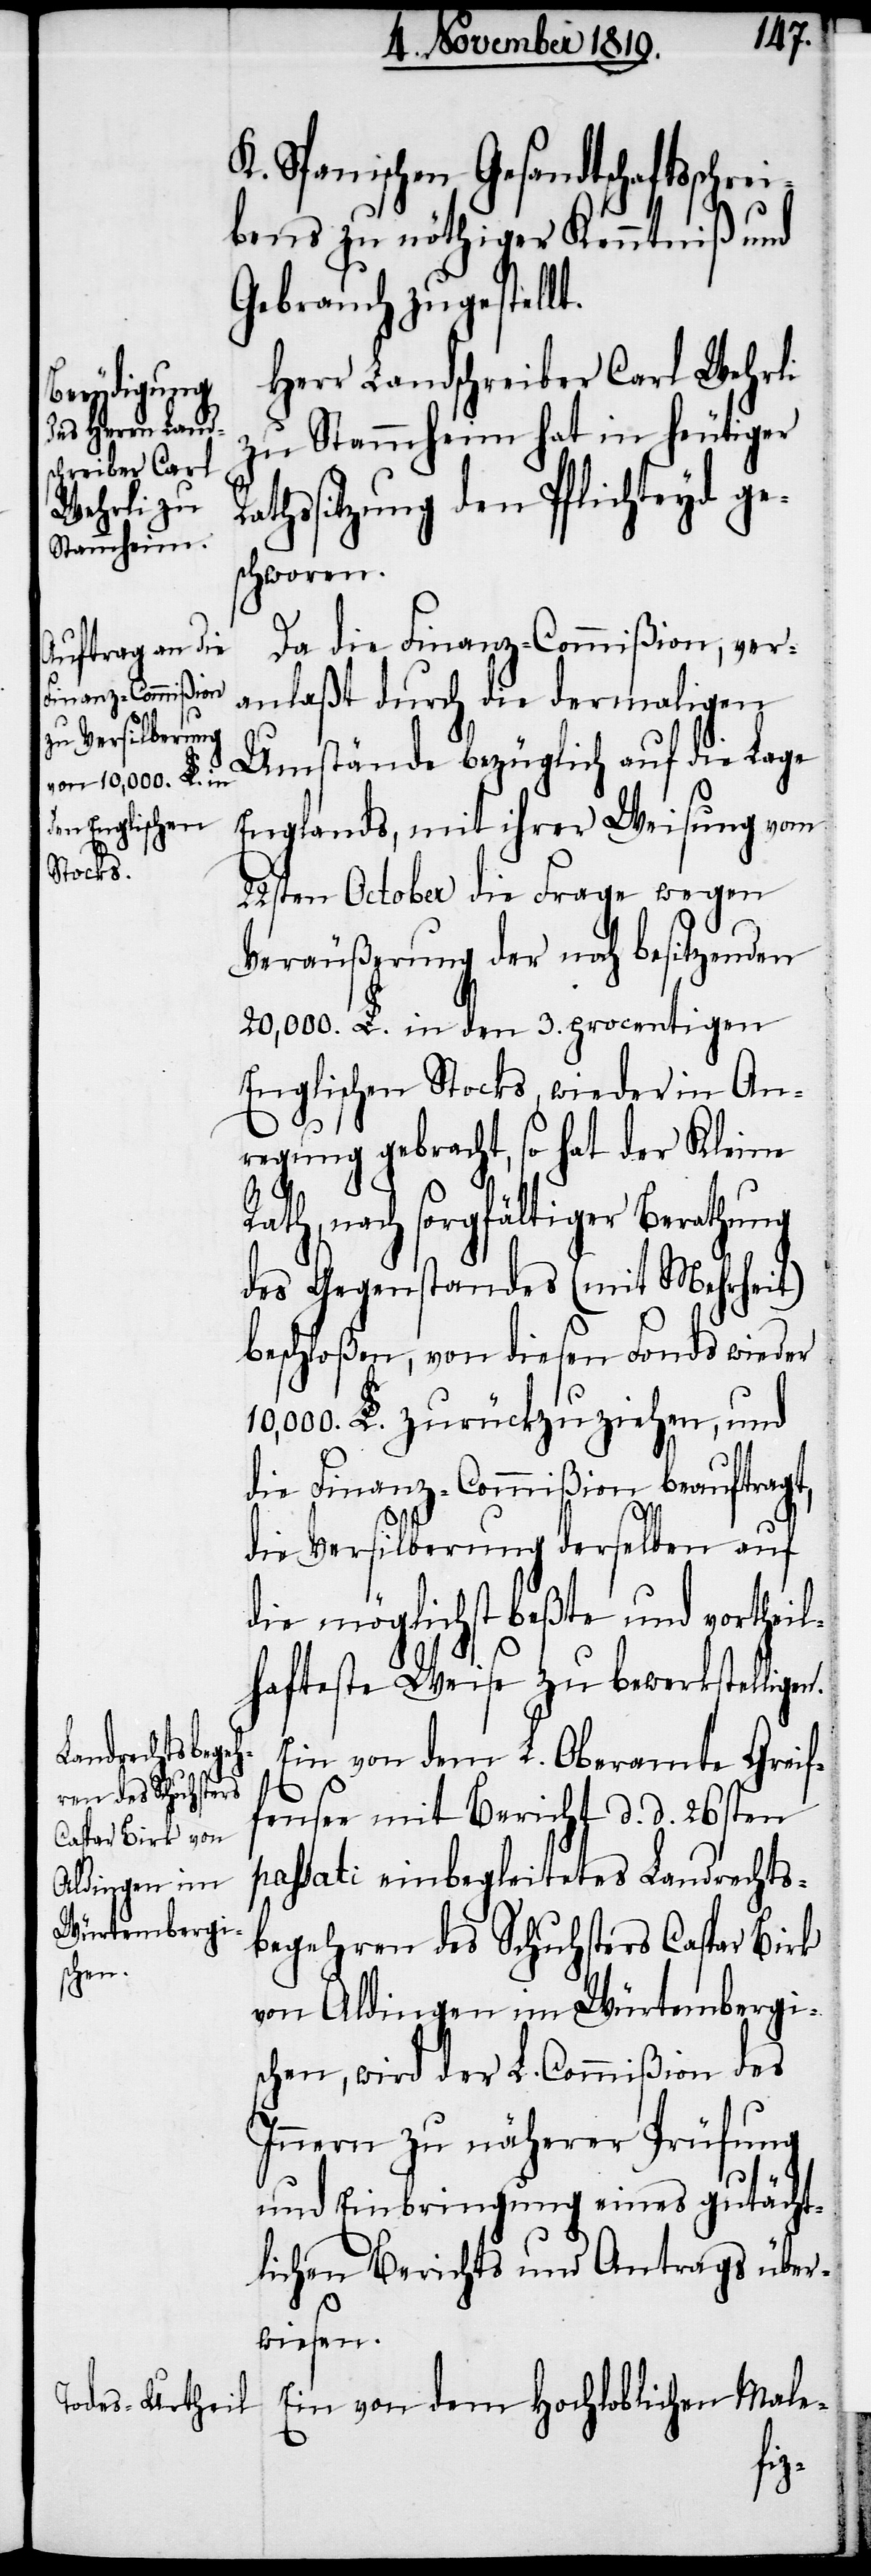
K. Spanischen Gesandtschaftsschre¬
ibens zu nöthiger Kenntniß und
Gebrauch zugestellt.
Herr Landschreiber Carl Wehrli
zu Stammheim hat in heutiger
athssitzung den Pflichteyd ge¬
schworen.
Da die Finanz-Commißion; ver¬
anlaßt durch die dermaligen
Umstände bezüglich auf die Lage
Englands, mit ihrer Weisung vom
22sten October die Frage wegen
Veräußerung der noch besitzenden
20,000. L. in den 3. procentigen
Englischen Stocks, wieder in An¬
regung gebracht, so hat der Kleine
th, nach sorgfältiger Berathung
des Gegenstandes (mit Mehrheit)
beschloßen, von diesen Fonds wieder
10,000. L. zurückzuziehen, und
die Finanz-Commißion beauftragt,
die Versilberung derselben auf
die möglichst beßte und vortheil¬
hafteste Weise zu bewerkstelligen.
Ein von dem L. Oberamte Greif¬
fensee mit Bericht d. d. 26sten
passati einbegleitetes Landrechts¬
begehren des Schuhsters Caspar Birk
von Aldingen im Würtembergi¬
schen, wird der L. Commißion des
Innern zu näherer Prüfung
und Einbringung eines gutächt¬
lichen Berichts und Antrags über¬
wiesen.
Ein von dem Hochloblichen Male-
Ra¬